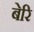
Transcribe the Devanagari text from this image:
बेरि